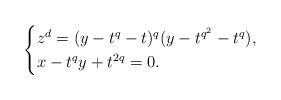
LaTeX: \begin{align*}\begin{cases}z^d=(y-t^q-t)^q (y-t^{q^2}-t^q), & \\x-t^q y +t^{2q}=0.\end{cases}\end{align*}